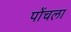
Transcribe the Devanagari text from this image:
पोंचला